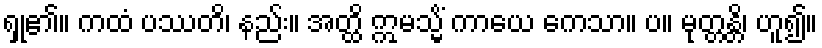
ရှု၏။ ကထံ ပဿတိ၊ နည်း။ အတ္ထိ ဣမသ္မိံ ကာယေ ကေသာ။ ပ။ မုတ္တန္တိ၊ ဟူ၍။